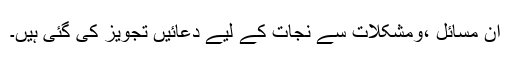
ان مسائل ،ومشکلات سے نجات کے لیے دعائیں تجویز کی گئی ہیں۔